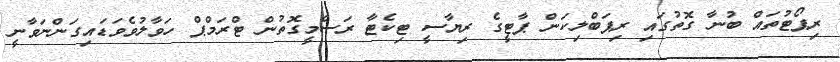
ރިޕޯޓުތައް ބުނާ ގޮތުގައި ރިޕަބްލިކަން ޕާޓީގެ ރިޔާސީ ޓިކެޓާ ރަސްމީގޮތުން ޓްރަމްޕް ހަވާލުވެވަޑައިގަންނަވާނީ